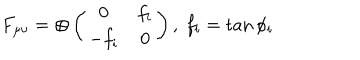
F _ { \mu \nu } = \oplus \left( \begin{matrix} { { 0 } } & { { f _ { i } } } \\ { { - f _ { i } } } & { { 0 } } \\ \end{matrix} \right) , ~ f _ { i } = \tan { \phi _ { i } }